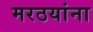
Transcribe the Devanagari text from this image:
मरठयांना